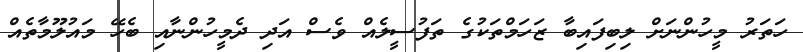
ހަތަރު މީހުންނަށް ލިބިފައިބާ ޒަހަމްތަކުގެ ތަފުސީލެއް ވެސް އަދި ދެމީހުންނާއި ބެހޭ މައުލޫމާތެއް